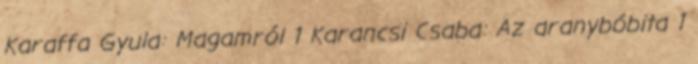
Karaffa Gyula: Magamról 1 Karancsi Csaba: Az aranybóbita 1